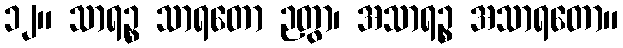
၁၂။ သာရဉ္စ သာရတော ဉတွာ၊ အသာရဉ္စ အသာရတော။